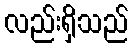
လည်းရှိသည်